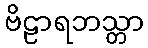
ဗိဠာရဘသ္တာ